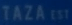
TAZA137